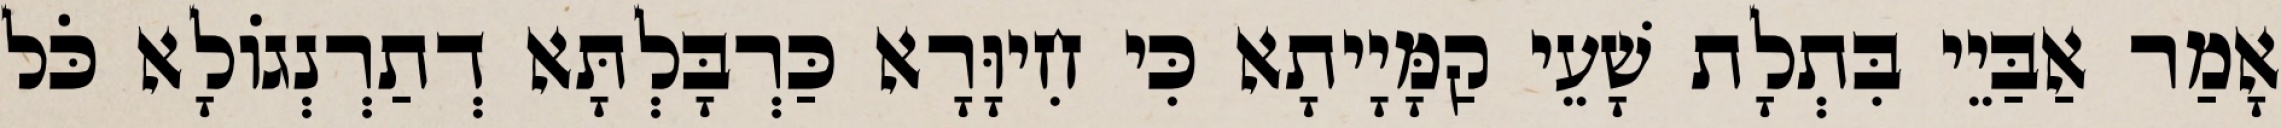
אָמַר אַבַּיֵי בִּתְלָת שָׁעֵי קַמָּיָיתָא כִּי חִיוָּרָא כַּרְבָּלְתָּא דְתַרְנְגוֹלָא כֹּל